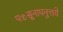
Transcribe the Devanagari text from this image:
पञ्चसूनापनुत्तये